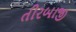
તીરબાજી